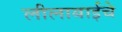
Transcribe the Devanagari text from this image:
लीलाबाईचे